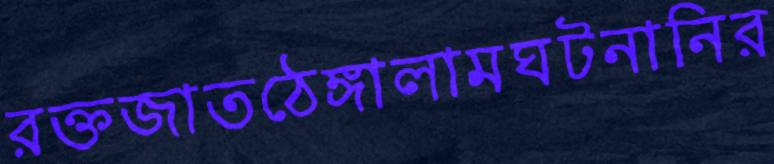
রক্তজাতঠেঙ্গালামঘটনানির